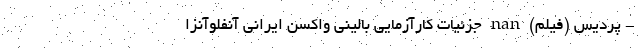
- پردیس (فیلم) nan جزئیات کارآزمایی بالینی واکسن ایرانی آنفلوآنزا